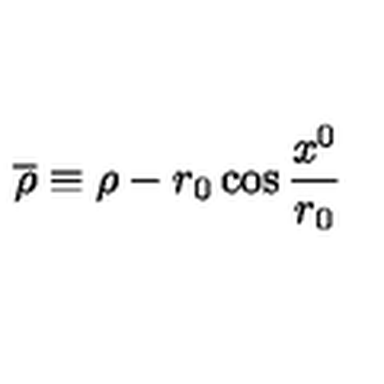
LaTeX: \overline { { \rho } } \equiv \rho - r _ { 0 } \cos { \frac { x ^ { 0 } } { r _ { 0 } } }